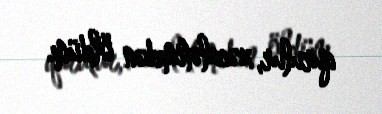
qurulur, xəcalətimdən öldüm.